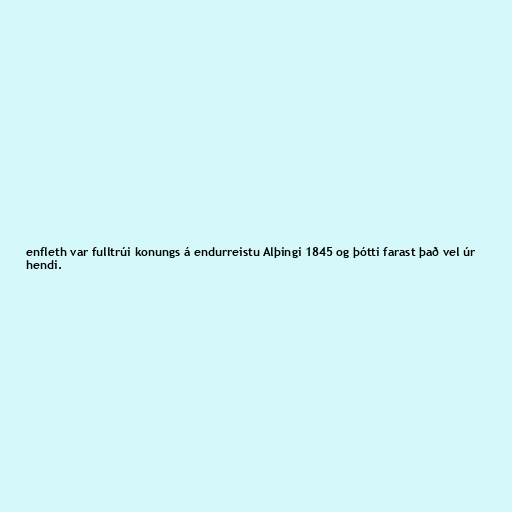
enfleth var fulltrúi konungs á endurreistu Alþingi 1845 og þótti farast það vel úr
hendi.